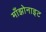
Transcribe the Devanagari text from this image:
माँझोनाइट